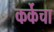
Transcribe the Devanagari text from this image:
कर्केचा